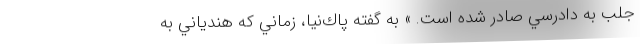
جلب به دادرسي صادر شده است. » به ‌گفته پاك‌نيا، زماني كه هندياني به